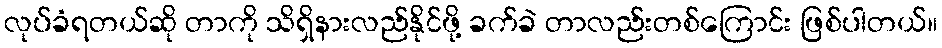
လုပ်ခံရတယ်ဆို တာကို သိရှိနားလည်နိုင်ဖို့ ခက်ခဲ တာလည်းတစ်ကြောင်း ဖြစ်ပါတယ်။